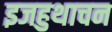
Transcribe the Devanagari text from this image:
इजहुथाचन